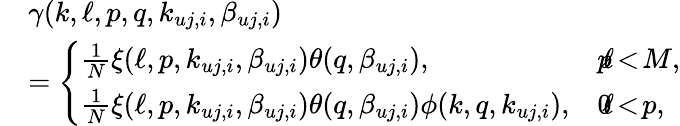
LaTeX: \begin{array}{rl}&{\gamma(k,\ell,p,q,{k_{{uj,i}}},{\beta_{{uj,i}}})}\\ &{=\left\{ \begin{array}{ll}{\frac{1}{N}\xi(\ell,p,{k_{{uj,i}}},{\beta_{{uj,i}}})\theta(q,{\beta_{{uj,i}}}),}&{p\! \le\! \ell\! <\! M,}\\ {\frac{1}{N}\xi(\ell,p,{k_{{uj,i}}},{\beta_{{uj,i}}})\theta(q,{\beta_{{uj,i}}})\phi(k,q,{k_{{uj,i}}}),}&{0\! \le\! \ell\! <\! p,}\end{array}\right.}\end{array}